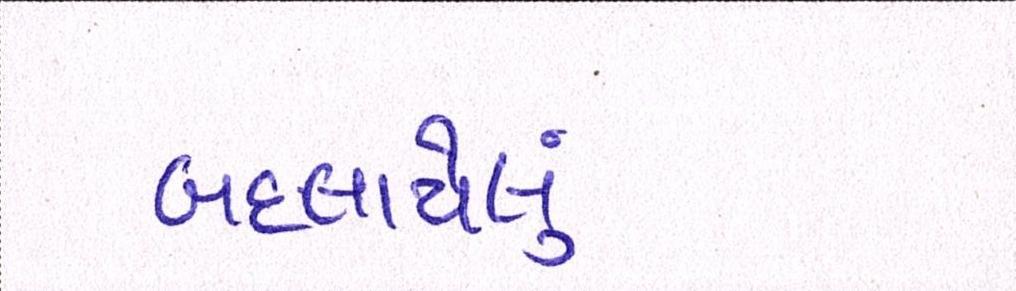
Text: બદલાયેલું